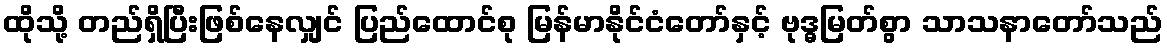
ထိုသို့ တည်ရှိပြီးဖြစ်နေလျှင် ပြည်ထောင်စု မြန်မာနိုင်ငံတော်နှင့် ဗုဒ္ဓမြတ်စွာ သာသနာတော်သည်